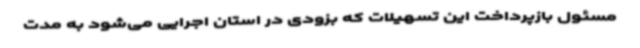
مسئول بازپرداخت این تسهیلات که بزودی در استان اجرایی می‌شود به مدت